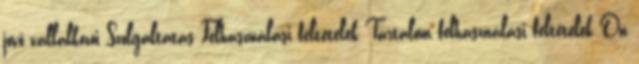
jövő vállalkozói Szolgáltatás Felhasználási feltételek Tartalom felhasználási feltételek Ön